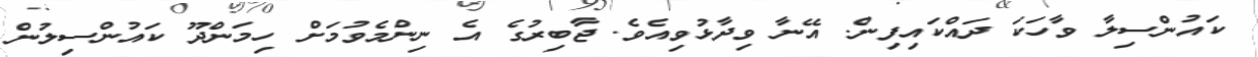
ކައުންސިލާ ވާހަކަ ދައްކައިފިން. އޭނާ ވިދާޅުވިއެވެ. ޖާބިރުގެ އެ ނިންމެވުމަށް ހިމަންދޫ ކައުންސިލުން